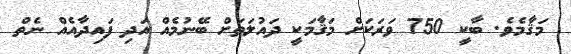
މަޤާމެވެ. ބާކީ 750 ވަރަކަށް މަޤާމަކީ ދައުލަތަށް ބޭނުމެއް އަދި ފައިދާއެއް ނެތް